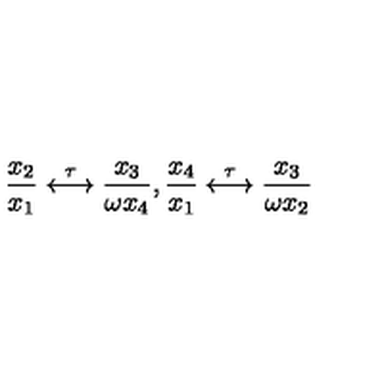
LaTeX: \frac { x _ { 2 } } { x _ { 1 } } \stackrel { \tau } { \longleftrightarrow } \frac { x _ { 3 } } { \omega x _ { 4 } } , { } \frac { x _ { 4 } } { x _ { 1 } } \stackrel { \tau } { \longleftrightarrow } \frac { x _ { 3 } } { \omega x _ { 2 } }